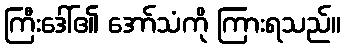
ကြီးဒေါ်၏ အော်သံကို ကြားရသည်။